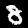
Digit: 8